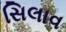
સિલાવ